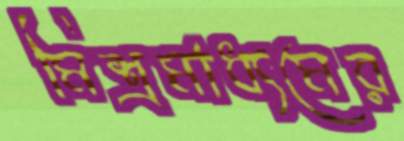
মিশ্রমাধ্যমের